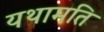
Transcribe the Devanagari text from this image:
यथामति